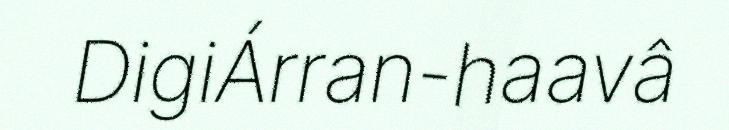
DigiÁrran-haavâ